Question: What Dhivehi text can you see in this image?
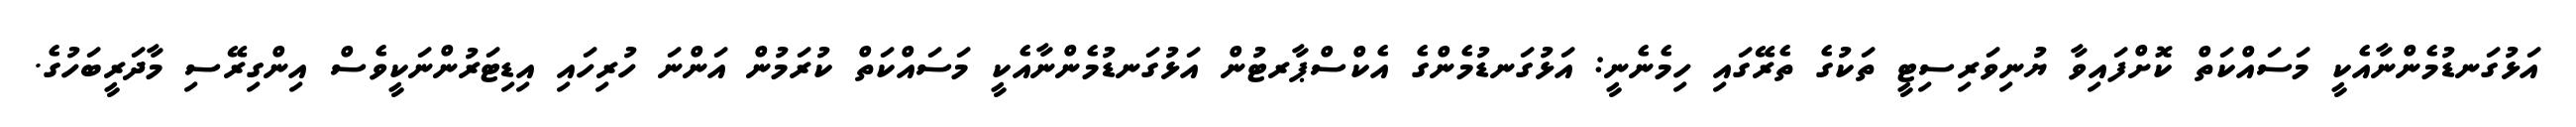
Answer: އަޅުގަނޑުމެންނާއެކީ މަސައްކަތް ކޮށްފައިވާ ޔުނިވަރިސިޓީ ތަކުގެ ތެރޭގައި ހިމެނެނީ: އަޅުގަނޑުމެންގެ އެކްސްޕާރޓުން އަޅުގަނޑުމެންނާއެކީ މަސައްކަތް ކުރަމުން އަންނަ ހުރިހައި އިޑިޓަރުންނަކީވެސް އިންގިރޭސި މާދަރީބަހުގެ.